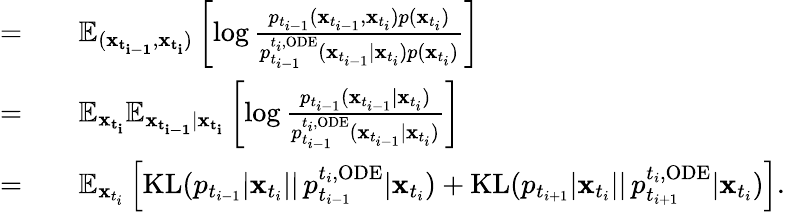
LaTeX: \begin{array}{rl}{=}&{{}\quad\mathbb{E}_{(\mathbf{x_{t_{i-1}}},\mathbf{x_{t_{i}}})}\left[\log\frac{p_{t_{i-1}}(\mathbf{x}_{t_{i-1}},\mathbf{x}_{t_{i}})p(\mathbf{x}_{t_{i}})}{p_{t_{i-1}}^{t_{i},\mathrm{ODE}}(\mathbf{x}_{t_{i-1}}|\mathbf{x}_{t_{i}})p(\mathbf{x}_{t_{i}})}\right]}\\ {=}&{{}\quad\mathbb{E}_{\mathbf{x_{t_{i}}}}\mathbb{E}_{\mathbf{x_{t_{i-1}}}|\mathbf{x_{t_{i}}}}\left[\log\frac{p_{t_{i-1}}(\mathbf{x}_{t_{i-1}}|\mathbf{x}_{t_{i}})}{p_{t_{i-1}}^{t_{i},\mathrm{ODE}}(\mathbf{x}_{t_{i-1}}|\mathbf{x}_{t_{i}})}\right]}\\ {=}&{{}\quad\mathbb{E}_{\mathbf{x}_{t_{i}}}\left[\mathrm{KL}(p_{t_{i-1}}|\mathbf{x}_{t_{i}}||\, p_{t_{i-1}}^{t_{i},\mathrm{ODE}}|\mathbf{x}_{t_{i}})+\mathrm{KL}(p_{t_{i+1}}|\mathbf{x}_{t_{i}}||\, p_{t_{i+1}}^{t_{i},\mathrm{ODE}}|\mathbf{x}_{t_{i}})\right].}\end{array}